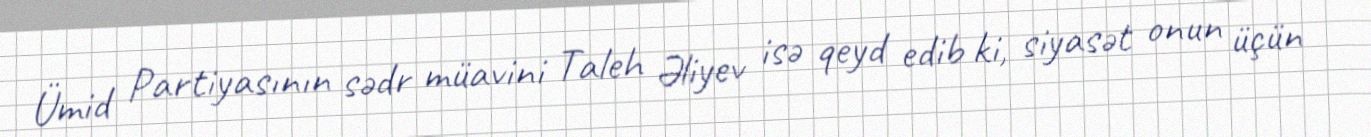
Ümid Partiyasının sədr müavini Taleh Əliyev isə qeyd edib ki, siyasət onun üçün